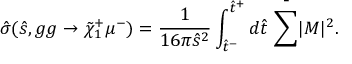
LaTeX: \hat { \sigma } ( \hat { s } , g g \rightarrow \tilde { \chi } _ { 1 } ^ { + } \mu ^ { - } ) = \frac { 1 } { 1 6 \pi \hat { s } ^ { 2 } } \int _ { \hat { t } ^ { - } } ^ { \hat { t } ^ { + } } d \hat { t } ~ \bar { \sum _ { } ^ { } } | { \cal M } | ^ { 2 } .